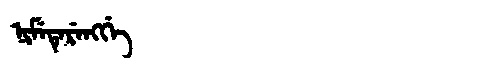
Manchu: ᠨᡳᠮᡝᡨᡝᡵᡝᠩᡤᡝ
Romanization: NIMETERENGGE